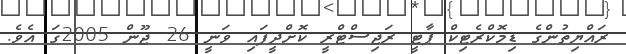
ރައްޔިތުންގެ ޑިމޮކްރެޓިކް ޕާޓީ ރަޖިސްޓްރީ ކޮށްދީފައި ވަނީ 26 ޖޫން 2005ގަ އެވެ.